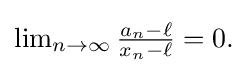
{\textstyle \lim _{n\to \infty }{\frac {a_{n}-\ell }{x_{n}-\ell }}=0.}